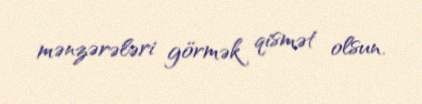
mənzərələri görmək qismət olsun.